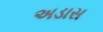
અડાસ